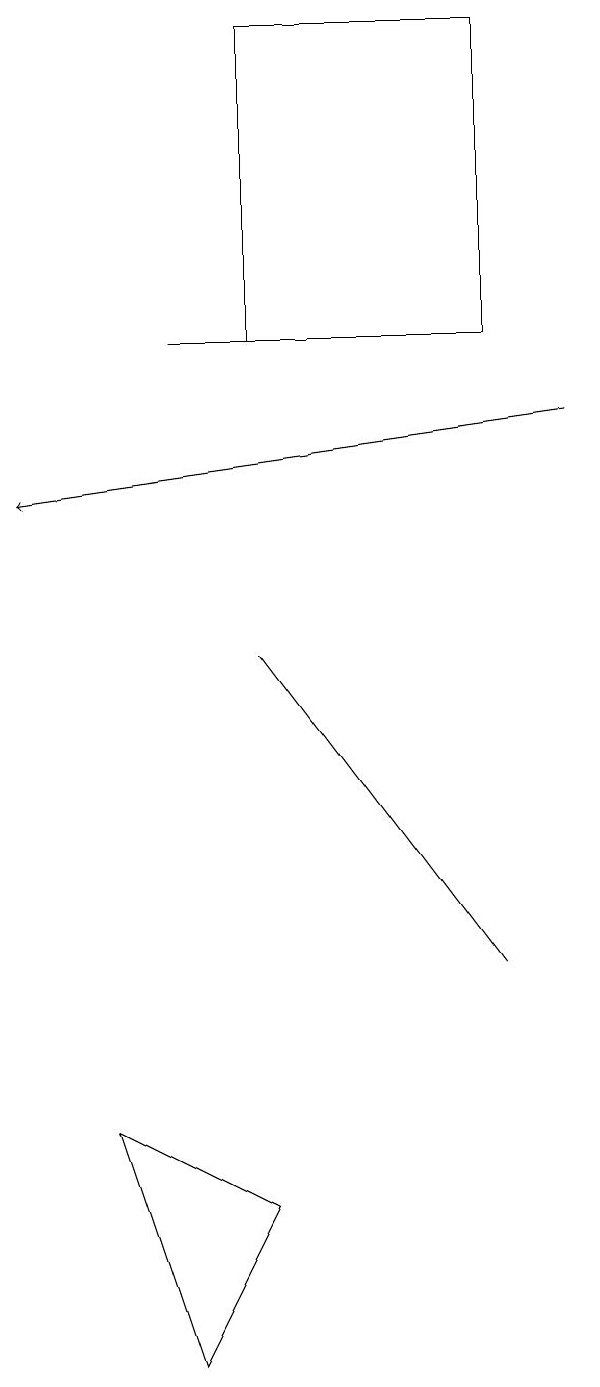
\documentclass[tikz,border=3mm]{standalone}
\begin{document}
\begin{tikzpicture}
\draw (2,13) rectangle (5,13);
\draw[->] (7,12) -- (0,11);
\draw (2,0) -- (1,3) -- (3,2) -- cycle;
\draw (3,9) -- (6,5) -- (3,9) -- cycle;
\draw (6,13) rectangle (3,17);
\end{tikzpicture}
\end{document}